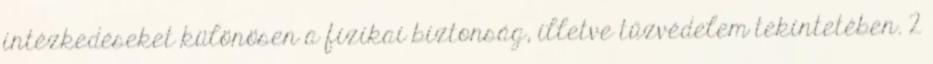
intézkedéseket különösen a fizikai biztonság, illetve tűzvédelem tekintetében. 2